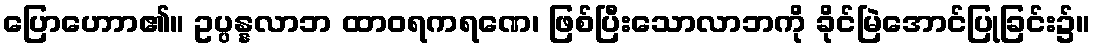
ပြောဟောာ၏။ ဥပ္ပန္နလာဘ ထာဝရကရဏေ၊ ဖြစ်ပြီးသောလာဘကို ခိုင်မြဲအောင်ပြုခြင်း၌။